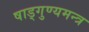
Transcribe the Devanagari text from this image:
षाड्गुण्यमन्त्र